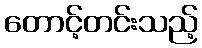
တောင့်တင်းသည့်